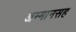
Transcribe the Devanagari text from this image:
अम्मानसह